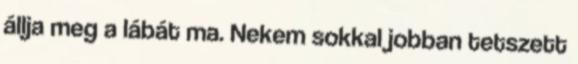
állja meg a lábát ma. Nekem sokkal jobban tetszett